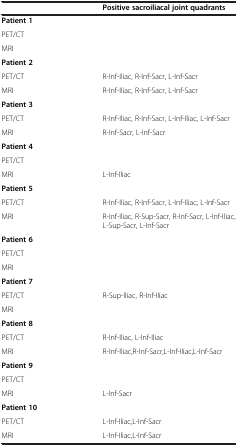
|  | Positive sacroiliacal joint quadrants |
 | --- | --- |
 | Patient 1 |  |
 | PET/CT |  |
 | MRI |  |
 | Patient 2 |  |
 | PET/CT | R-Inf-Iliac, R-Inf-Sacr, L-Inf-Sacr |
 | MRI | R-Inf-Iliac, R-Inf-Sacr, L-Inf-Sacr |
 | Patient 3 |  |
 | PET/CT | R-Inf-Iliac, R-Inf-Sacr, L-Inf-Iliac, L-Inf-Sacr |
 | MRI | R-Inf-Sacr, L-Inf-Sacr |
 | Patient 4 |  |
 | PET/CT |  |
 | MRI | L-Inf-Iliac |
 | Patient 5 |  |
 | PET/CT | R-Inf-Iliac, R-Inf-Sacr, L-Inf-Iliac, L-Inf-Sacr |
 | MRI | R-Inf-Iliac, R-Sup-Sacr, R-Inf-Sacr, L-Inf-Iliac, L-Sup-Sacr, L-Inf-Sacr |
 | Patient 6 |  |
 | PET/CT |  |
 | MRI |  |
 | Patient 7 |  |
 | PET/CT | R-Sup-Iliac, R-Inf-Iliac |
 | MRI |  |
 | Patient 8 |  |
 | PET/CT | R-Inf-Iliac, L-Inf-Iliac |
 | MRI | R-Inf-Iliac,R-Inf-Sacr,L-Inf-Iliac,L-Inf-Sacr |
 | Patient 9 |  |
 | PET/CT |  |
 | MRI | L-Inf-Sacr |
 | Patient 10 |  |
 | PET/CT | L-Inf-Iliac,L-Inf-Sacr |
 | MRI | L-Inf-Iliac,L-Inf-Sacr |